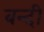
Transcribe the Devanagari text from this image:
बन्‍दी